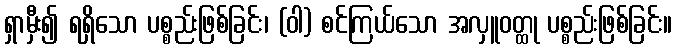
ရှာမှီး၍ ရရှိသော ပစ္စည်းဖြစ်ခြင်း၊ (ဝါ) စင်ကြယ်သော အလှူဝတ္ထု ပစ္စည်းဖြစ်ခြင်း။